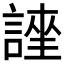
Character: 𮘯